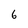
Character: 6